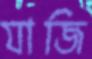
যাজি